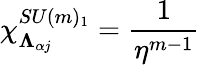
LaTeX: \chi_{\mathbf{\Lambda}_{\alpha j}}^{SU(m)_{1}}=\frac{1}{\eta^{m-1}}